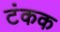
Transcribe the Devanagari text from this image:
टंकक